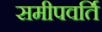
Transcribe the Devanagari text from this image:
समीपवर्ति